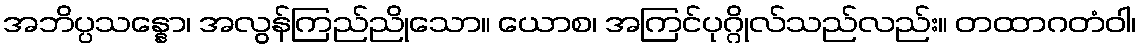
အဘိပ္ပသန္နော၊ အလွန်ကြည်ညိုသော။ ယောစ၊ အကြင်ပုဂ္ဂိုလ်သည်လည်း။ တထာဂတံဝါ၊